NAE_ERA_R-1665_Eesti_Kunstnike_Liit, lk 7
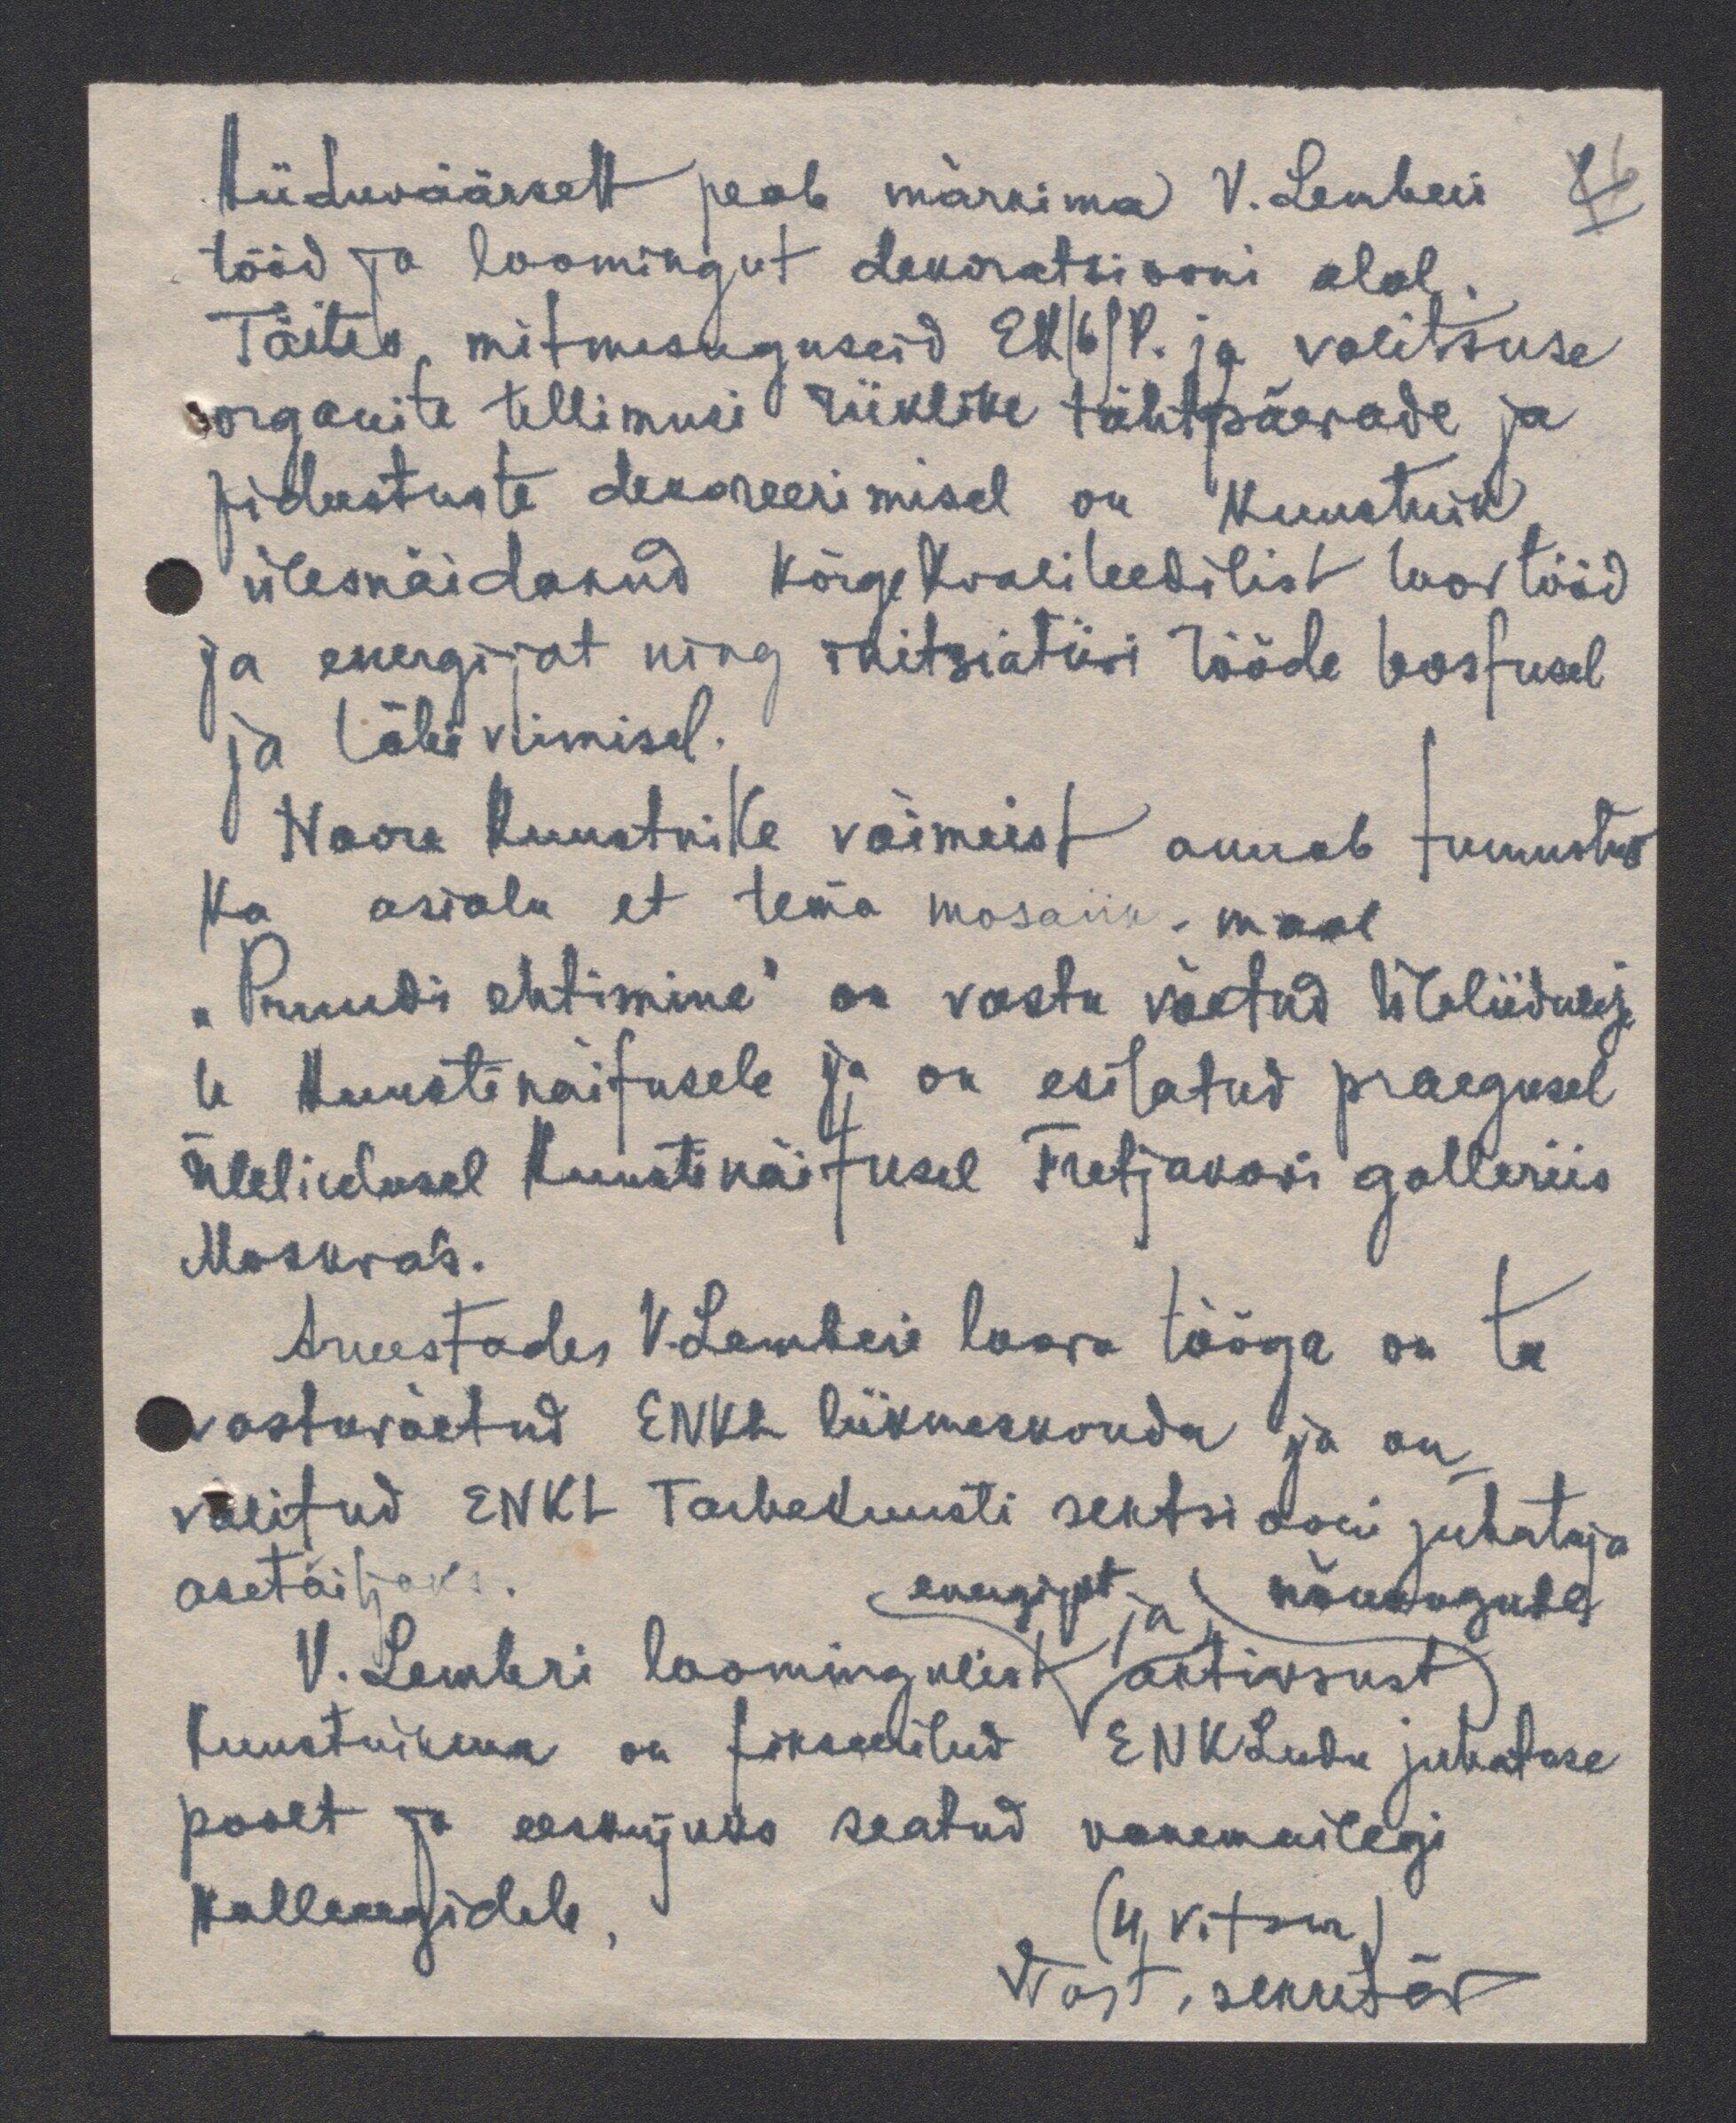
kiiduväärselt peab märkima V. Lemberi
2 6
tööd ja loomingut dekoratsiooni alal.
Täites mitmesuguseid EK(b)P. ja valitsuse
organite tellimusi riiklike tähtpäevade ja
pidustuste dekoreerimisel on kunstnik
ülesnäidanud kõrgekvaliteedilist loovtööd
ja energijat ning initsiatiivi tööde teostusel
ja läbi viimisel.
Noore kunstnike võimeist annab tunnistust
ka asiolu et tema mosaiik-maal
"Pruudi ehtimine" on vastu võetud Üleliidulise
le Kunstinäitusele ja on esitatud praegusel
Üleliidusel Kunstinäitusel Tretjakovi galleriis
Mosvas.
Arvestades V. Lemberi loova tööga on ta
vastuvõetud ENKL liikmeskonda ja on
valitud ENKL Tarbekunsti sektsiooni juhataja
asetäitjaks.
energijat ja nõukogude
V. Lembri loomingulist aktiivsust
kunstnikuna on fikseeritud ENKLiidu juhatuse
poolt ja eeskujuks seatud vanemailegi
kolleegidele.
(H Vitsur)
Vvast. sekretär